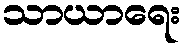
သာယာရေး